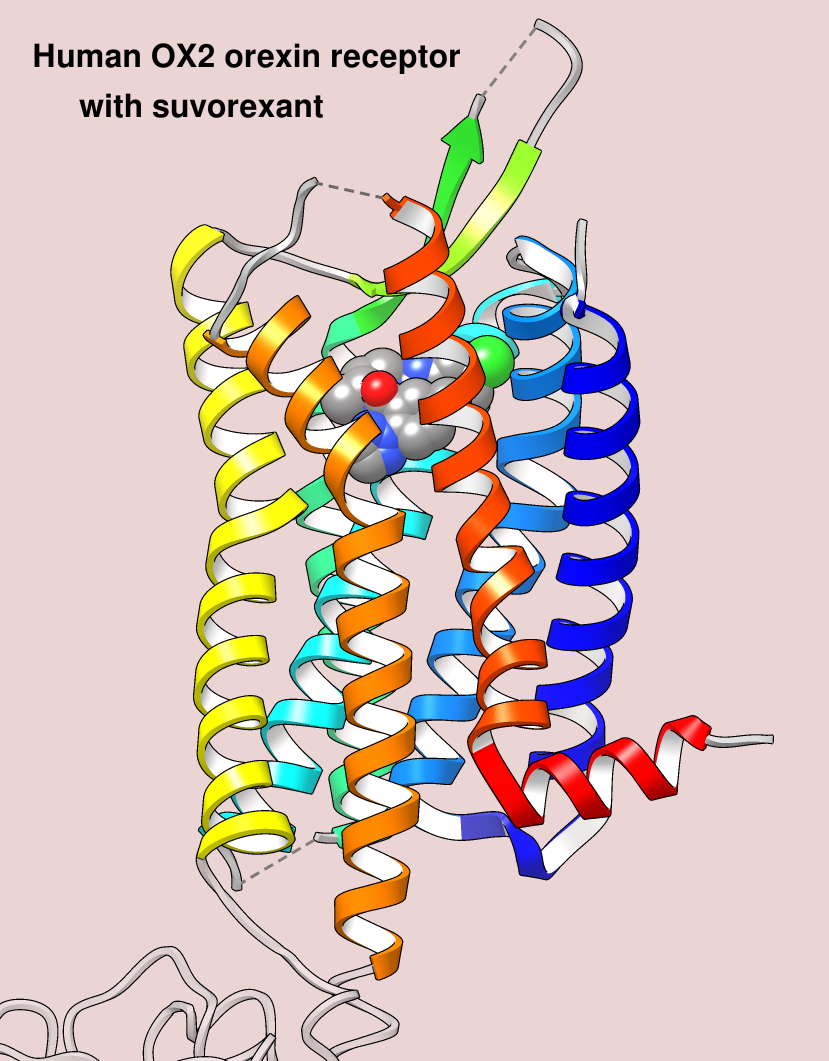
chimera, spheres, edged ribbons, white inside-helix faces